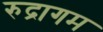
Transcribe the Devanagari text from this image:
रुद्रागम